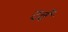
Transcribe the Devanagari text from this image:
दर्वे